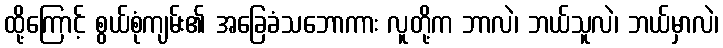
ထို့ကြောင့် စွယ်စုံကျမ်း၏ အခြေခံသဘောကား လူတို့က ဘာလဲ၊ ဘယ်သူလဲ၊ ဘယ်မှာလဲ၊